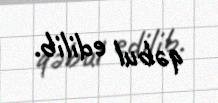
qəbul edilib.